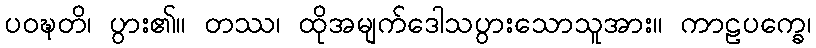
ပဝဍ္ဎတိ၊ ပွား၏။ တဿ၊ ထိုအမျက်ဒေါသပွားသောသူအား။ ကာဠပက္ခေ၊